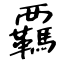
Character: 覊